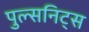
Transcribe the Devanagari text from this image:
पुल्सनिट्स